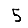
Digit: 5